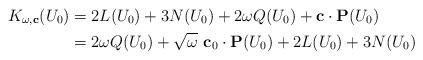
LaTeX: \begin{align*}K_{\omega,\mathbf{c}}(U_0)&=2L(U_0)+3N(U_0)+2\omega Q(U_0)+\mathbf{c}\cdot \mathbf{P}(U_0)\\&=2\omega Q(U_0)+\sqrt{\omega}\ \mathbf{c}_0\cdot \mathbf{P}(U_0)+2L(U_0)+3N(U_0)\end{align*}